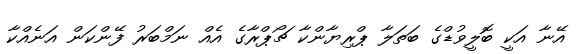
އޭނާ އަކީ ބޮލީވުޑްގެ ބަތަލާ ޕްރިޔާންކާ ޗޯޕްރާގެ އެއް ނަމްބަރު ފޭންކަން އަނެއްކާ